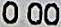
0.00